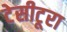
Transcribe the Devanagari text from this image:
टेसीटूरा